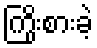
ကြိုးစားခဲ့